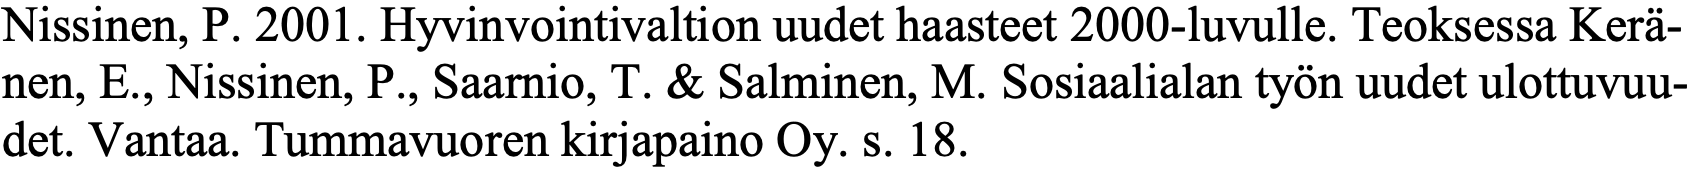
Nissinen, P. 2001. Hyvinvointivaltion uudet haasteet 2000-luvulle. Teoksessa Kerä- nen, E., Nissinen, P., Saarnio, T. & Salminen, M. Sosiaalialan työn uudet ulottuvuu- det. Vantaa. Tummavuoren kirjapaino Oy. s. 18.